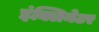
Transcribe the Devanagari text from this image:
इंक्लिनेटर